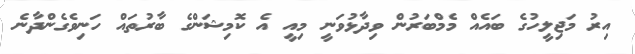
އިރު މަޖިލީހުގެ ބައެއް މެމްބަރުން ވިދާޅުވަނީ މިއީ އެ ކޮމިޝަންގެ ބާރުތަައް ހަނިވެގެންދާނެ